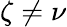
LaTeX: \zeta\neq\nu